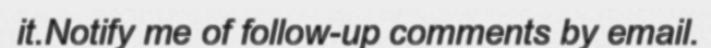
it.Notify me of follow-up comments by email.